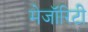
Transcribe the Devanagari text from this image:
मेजॉरिटी